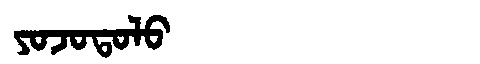
Manchu: ᠶᠣᠵᠣᡨᠣᠯᠣ
Romanization: YOJOTOLO